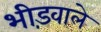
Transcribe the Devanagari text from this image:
भीड़वाले